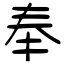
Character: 奉